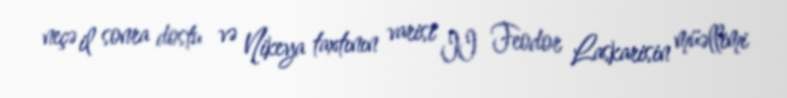
neçə il sonra dostu və Nikeya taxtının varisi II Feodor Laskarisin müəllimi